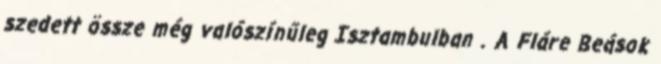
szedett össze még valószínűleg Isztambulban . A Fláre Beások